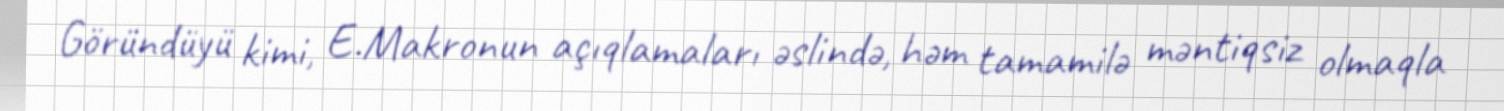
Göründüyü kimi, E.Makronun açıqlamaları əslində, həm tamamilə məntiqsiz olmaqla